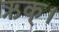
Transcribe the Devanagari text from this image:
ऋक्।